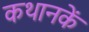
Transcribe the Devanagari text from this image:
कथानकें